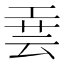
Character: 𫶮